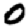
Digit: 0